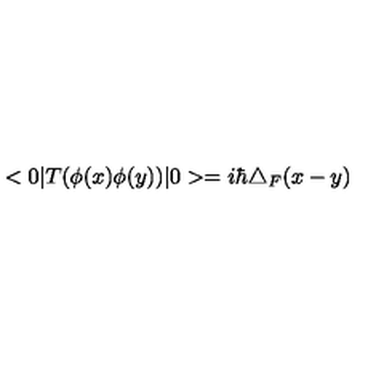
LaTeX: < 0 | T ( \phi ( x ) \phi ( y ) ) | 0 > = i \hbar \triangle _ { F } ( x - y )